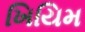
ખિયિમ